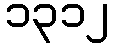
၁၃၁၂